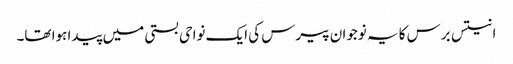
انتیس برس کا یہ نوجوان پیرس کی ایک نواحی بستی میں پیدا ہوا تھا۔